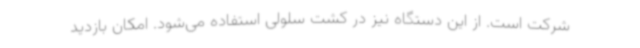
شرکت است. از این دستگاه نیز در کشت سلولی استفاده می‌شود. امکان بازدید